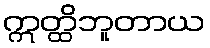
ဣတ္ထိဘူတာယ